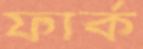
ফার্ক